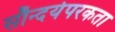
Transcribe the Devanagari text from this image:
सौन्दर्यपरकता